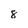
Character: 8